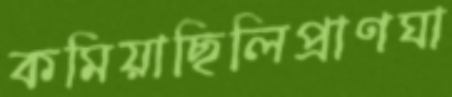
কমিয়াছিলিপ্রাণঘা